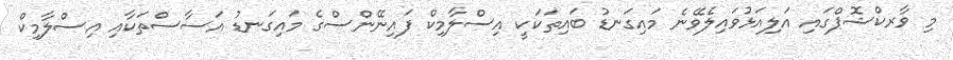
މި ވާރކްޝޮޕްގައި އަލިއަޅުވައިލެވޭނެ މައިގަނޑު ބައިތަކަކީ އިސްލާމިކް ފައިނޭންސްގެ މައިގަނޑު އަސާސްތަކާއި އިސްލާމިކް